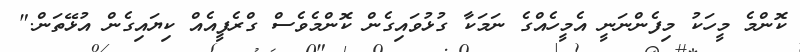
ކޮންމެ މީހަކު މިފެންނަނީ އެމީހެއްގެ ނަމަކާ ގުޅުވައިގެން ކޮންމެވެސް ގްރެފީއެއް ކިޔައިގެން އުޅޭތަން."